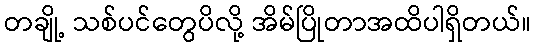
တချို့ သစ်ပင်တွေပိလို့ အိမ်ပြိုတာအထိပါရှိတယ်။